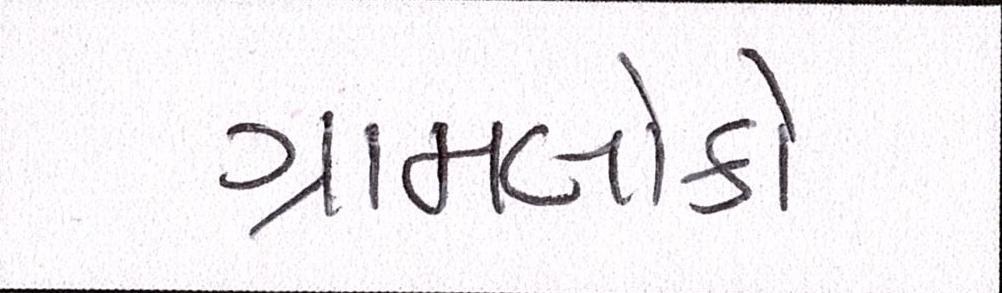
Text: ગ્રામલોકો